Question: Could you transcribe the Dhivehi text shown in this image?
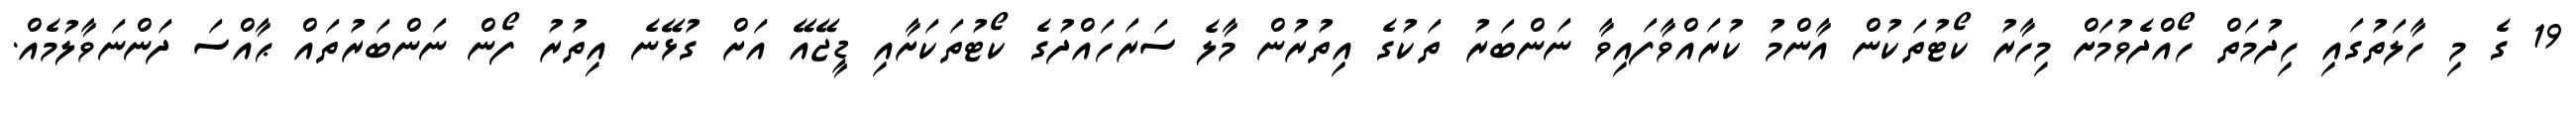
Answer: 19 ގެ މި ހާލަތުގައި ހިދުމަތް ހޯއްދެވުމަށް މިހާރު ކޯޓުތަކުން އާންމު ކުރައްވާފައިވާ ނަންބަރު ތަކުގެ އިތުރުން މާލެ ސަރަހައްދުގެ ކޯޓުތަކަށާއި ޑީޖޭއޭ އަށް ގުޅޭނެ އިތުރު ފޯން ނަންބަރުތައް ޙާއްސަ ދަންނަވާލުމެއް.